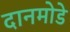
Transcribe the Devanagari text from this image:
दानमोडे